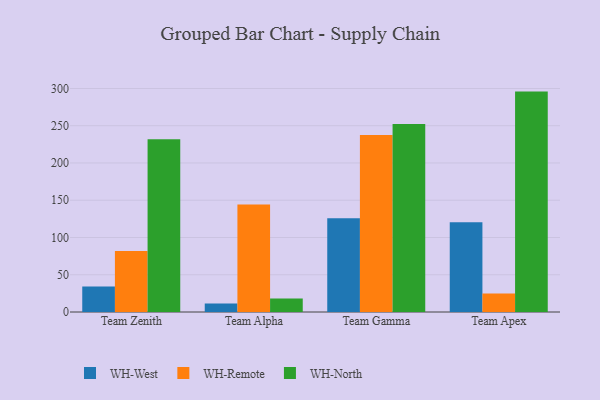
{"axis": {"x": "Team", "y": "Revenue (USD Million)"}, "legend": ["WH-North", "WH-Remote", "WH-West"], "data": [{"x": "Team Zenith", "y": 34.1, "type": "WH-West"}, {"x": "Team Zenith", "y": 82.0, "type": "WH-Remote"}, {"x": "Team Zenith", "y": 231.7, "type": "WH-North"}, {"x": "Team Alpha", "y": 11.4, "type": "WH-West"}, {"x": "Team Alpha", "y": 144.4, "type": "WH-Remote"}, {"x": "Team Alpha", "y": 18.2, "type": "WH-North"}, {"x": "Team Gamma", "y": 125.8, "type": "WH-West"}, {"x": "Team Gamma", "y": 237.6, "type": "WH-Remote"}, {"x": "Team Gamma", "y": 252.2, "type": "WH-North"}, {"x": "Team Apex", "y": 120.6, "type": "WH-West"}, {"x": "Team Apex", "y": 24.9, "type": "WH-Remote"}, {"x": "Team Apex", "y": 295.8, "type": "WH-North"}]}